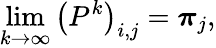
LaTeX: \operatorname*{lim}_{k\rightarrow\infty}\left(P^{k}\right)_{i,j}={\boldsymbol{\pi}}_{j},